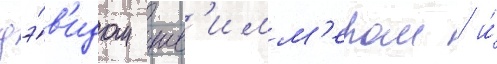
дэ́в'идом шв'имм'ером / и́